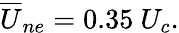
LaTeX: {\overline{{U}}}_{ne}=0.35~{U_{c}}.